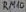
Text: RM10